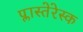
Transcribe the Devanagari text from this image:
प्लास्तेरेस्क